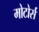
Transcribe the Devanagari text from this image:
मोटोर्स